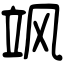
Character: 飒